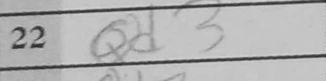
Transcription: Qd3